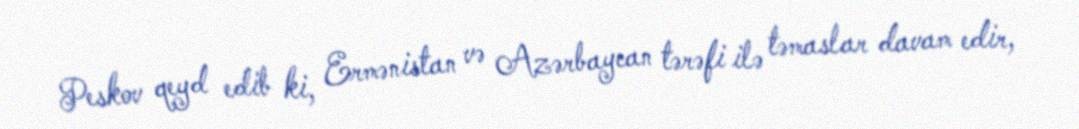
Peskov qeyd edib ki, Ermənistan və Azərbaycan tərəfi ilə təmaslar davam edir,